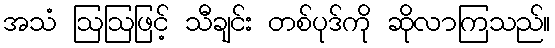
အသံ ဩဩဖြင့် သီချင်း တစ်ပုဒ်ကို ဆိုလာကြသည်။